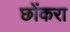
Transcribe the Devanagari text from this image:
छोंकरा